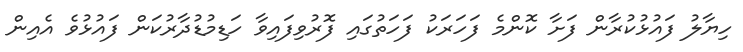
ހިޔާލު ފައުޅުކުރާން ފަށާ ކޮންމެ ފަހަރަކު ފަހަތުގައި ފޮރުވިފައިވާ ހަޑިމުޑުދާރުކަން ފައުޅުވެ އެއިން